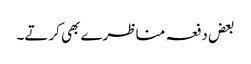
بعض دفعہ مناظرے بھی کرتے۔